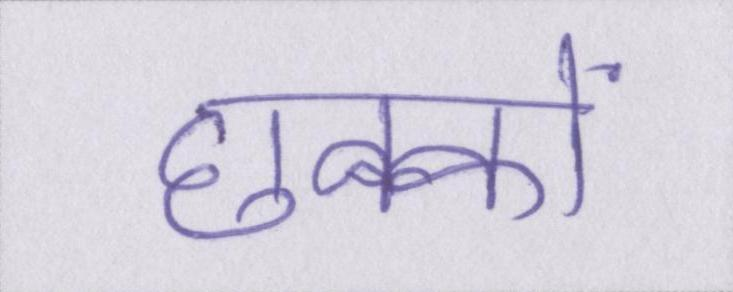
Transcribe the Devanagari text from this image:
छक्कों